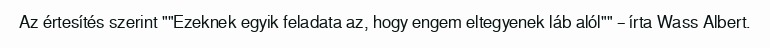
Az értesítés szerint ""Ezeknek egyik feladata az, hogy engem eltegyenek láb alól"" – írta Wass Albert.